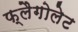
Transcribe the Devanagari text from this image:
फ्लैगोलेट